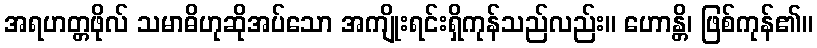
အရဟတ္တဖိုလ် သမာဓိဟုဆိုအပ်သော အကျိုးရင်းရှိကုန်သည်လည်း။ ဟောန္တိ၊ ဖြစ်ကုန်၏။